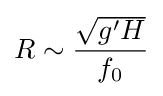
R\sim {\frac {\sqrt {g'H}}{f_{0}}}